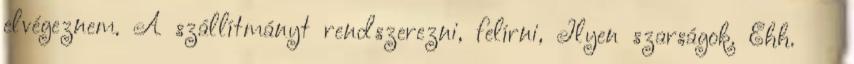
elvégeznem. A szállítmányt rendszerezni, felírni, Ilyen szarságok. Ehh.